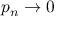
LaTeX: p _ { n } \to 0